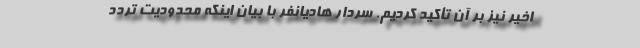
اخیر نیز بر آن تأکید کردیم. سردار هادیانفر با بیان اینکه محدودیت تردد